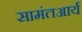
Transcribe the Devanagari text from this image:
सामंतआर्य